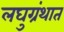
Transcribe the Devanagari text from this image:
लघुग्रंथात